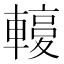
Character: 𨎙